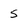
Character: 5